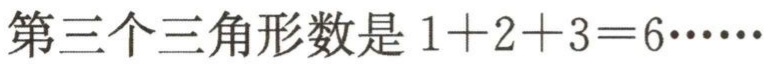
第三个三角形数是 \(1 + 2 + 3 = 6\cdots\cdots\)